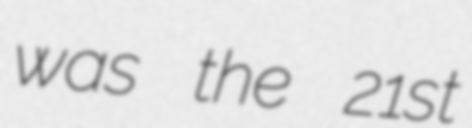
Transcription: was the 21st